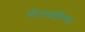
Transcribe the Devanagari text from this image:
सीताबर्डीच्या